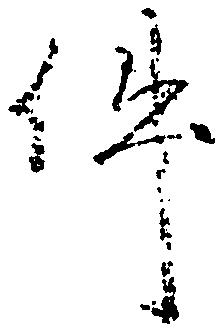
件